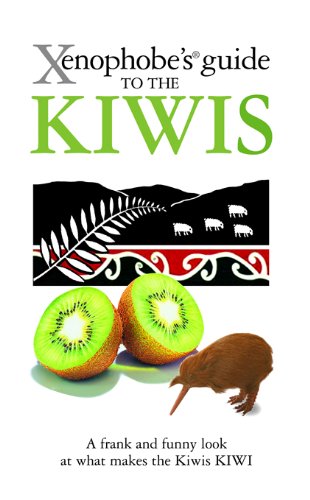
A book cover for Xenophobe's Guide to the Kiwis; Christine Cole Catley; Travel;